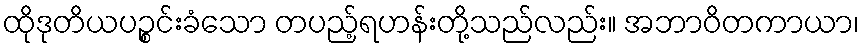
ထိုဒုတိယပဉ္စင်းခံသော တပည့်ရဟန်းတို့သည်လည်း။ အဘာဝိတကာယာ၊